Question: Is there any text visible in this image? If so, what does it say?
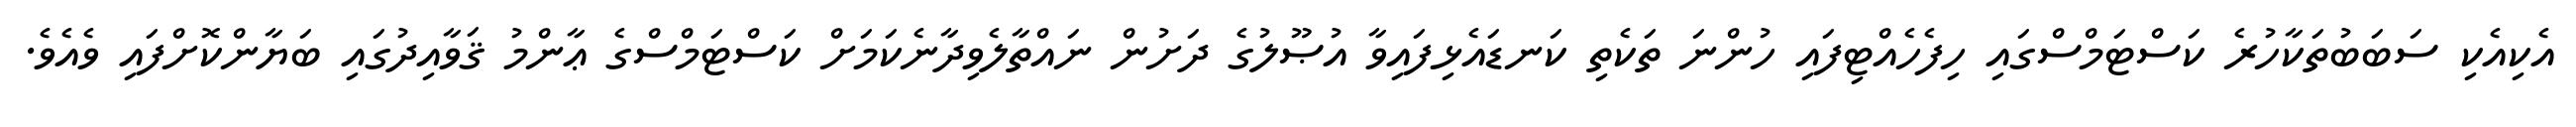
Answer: އެކިއެކި ސަބަބުތަކާހުރެ ކަސްޓަމްސްގައި ހިފެހެއްޓިފައި ހުންނަ ތަކެތި ކަނޑައެޅިފައިވާ އުޞޫލުގެ ދަށުން ނައްތާލެވިދާނެކަމަށް ކަސްޓަމްސްގެ ޢާންމު ޤަވާއިދުގައި ބަޔާންކޮށްފައި ވެއެވެ.